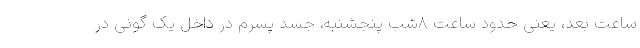
ساعت بعد، یعنی حدود ساعت ۸شب پنجشنبه، جسد پسرم در داخل یک گونی در